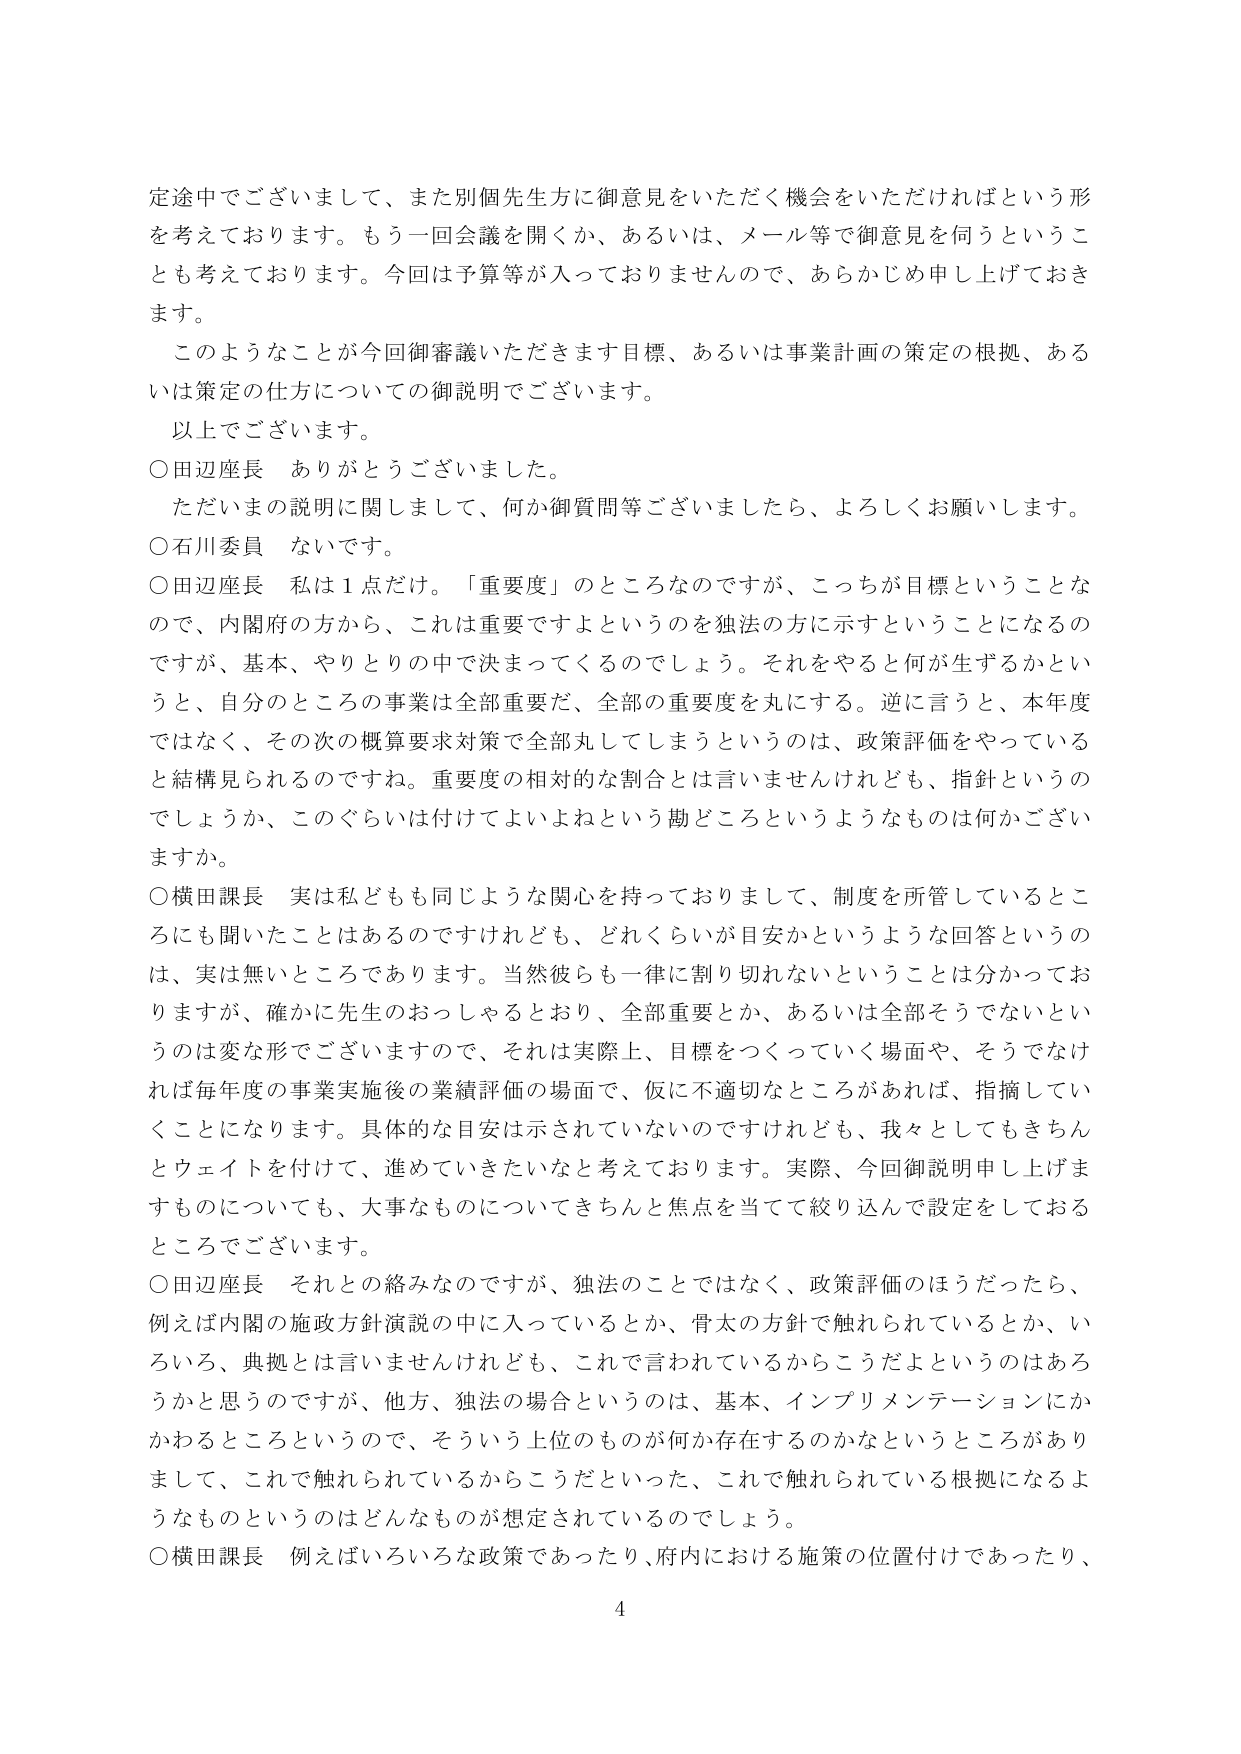
定途中でございまして、また別個先生方に御意見をいただく機会をいただければという形
を考えております。もう一回会議を開くか、あるいは、メール等で御意見を伺うというこ
とも考えております。今回は予算等が入っておりませんので、あらかじめ申し上げておき
ます。
このようなことが今回御審議いただきます目標、あるいは事業計画の策定の根拠、ある
いは策定の仕方についての御説明でございます。
以上でございます。
○田辺座長　ありがとうございました。
ただいまの説明に関しまして、何か御質問等ございましたら、よろしくお願いします。
○石川委員　ないです。
○田辺座長　私は１点だけ。「重要度」のところなのですが、こっちが目標ということな
ので、内閣府の方から、これは重要ですよというのを独法の方に示すということになるの
ですが、基本、やりとりの中で決まってくるのでしょう。それをやると何が生ずるかとい
うと、自分のところの事業は全部重要だ、全部の重要度を丸にする。逆に言うと、本年度
ではなく、その次の概算要求対策で全部丸してしまうというのは、政策評価をやっている
と結構見られるのですね。重要度の相対的な割合とは言いませんけれども、指針というの
でしょうか、このぐらいは付けてよいよねという勘どころというようなものは何かござい
ますか。
○横田課長　実は私どもも同じような関心を持っておりまして、制度を所管しているとこ
ろにも聞いたことはあるのですけれども、どれくらいが目安かというような回答というの
は、実は無いところであります。当然彼らも一律に割り切れないということは分かってお
りますが、確かに先生のおっしゃるとおり、全部重要とか、あるいは全部そうでないとい
うのは変な形でございますので、それは実際上、目標をつくっていく場面や、そうでなけ
れば毎年度の事業実施後の業績評価の場面で、仮に不適切なところがあれば、指摘してい
くことになります。具体的な目安は示されていないのですけれども、我々としてもきちん
とウェイトを付けて、進めていきたいなと考えております。実際、今回御説明申し上げま
すものについても、大事なものについてきちんと焦点を当てて絞り込んで設定をしておる
ところでございます。
○田辺座長　それとの絡みなのですが、独法のことではなく、政策評価のほうだったら、
例えば内閣の施政方針演説の中に入っているとか、骨太の方針で触れられているとか、い
ろいろ、典拠とは言いませんけれども、これで言われているからこうだよというのはあろ
うかと思うのですが、他方、独法の場合というのは、基本、インプリメンテーションにか
かわるところというので、そういう上位のものが何か存在するのかなというところがあり
まして、これで触れられているからこうだといった、これで触れられている根拠になるよ
うなものというのはどんなものが想定されているのでしょう。
○横田課長　例えばいろいろな政策であったり、府内における施策の位置付けであったり、
4